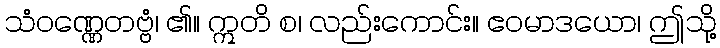
သံဝဏ္ဏေတဗ္ဗံ၊ ၏။ ဣတိ စ၊ လည်းကောင်း။ ဧဝမာဒယော၊ ဤသို့